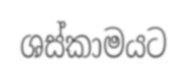
ශස්කාමයට